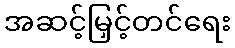
အဆင့်မြှင့်တင်ရေး